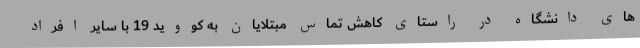
های دانشگاه در راستای کاهش تماس مبتلایان به کووید 19 با سایر افراد